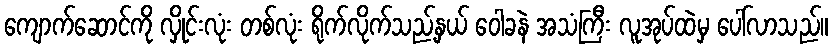
ကျောက်ဆောင်ကို လှိုင်းလုံး တစ်လုံး ရိုက်လိုက်သည့်နှယ် ဝေါခနဲ အသံကြီး လူအုပ်ထဲမှ ပေါ်လာသည်။